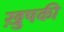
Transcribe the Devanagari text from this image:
ख़ुषकी